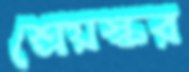
শ্রেয়স্কর